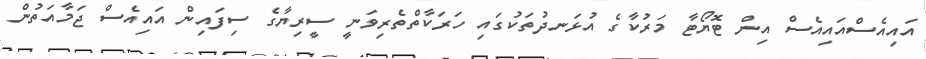
އައިއެސްއައިއެސް އިން ޓޮޔޯޓާ މަރުކާގެ އުޅަނދުތަކުގައި ހަރަކާތްތެރިވަނީ ސީރިޔާގެ ސިފައިން އައިއެސް ޖަމާއަތުން